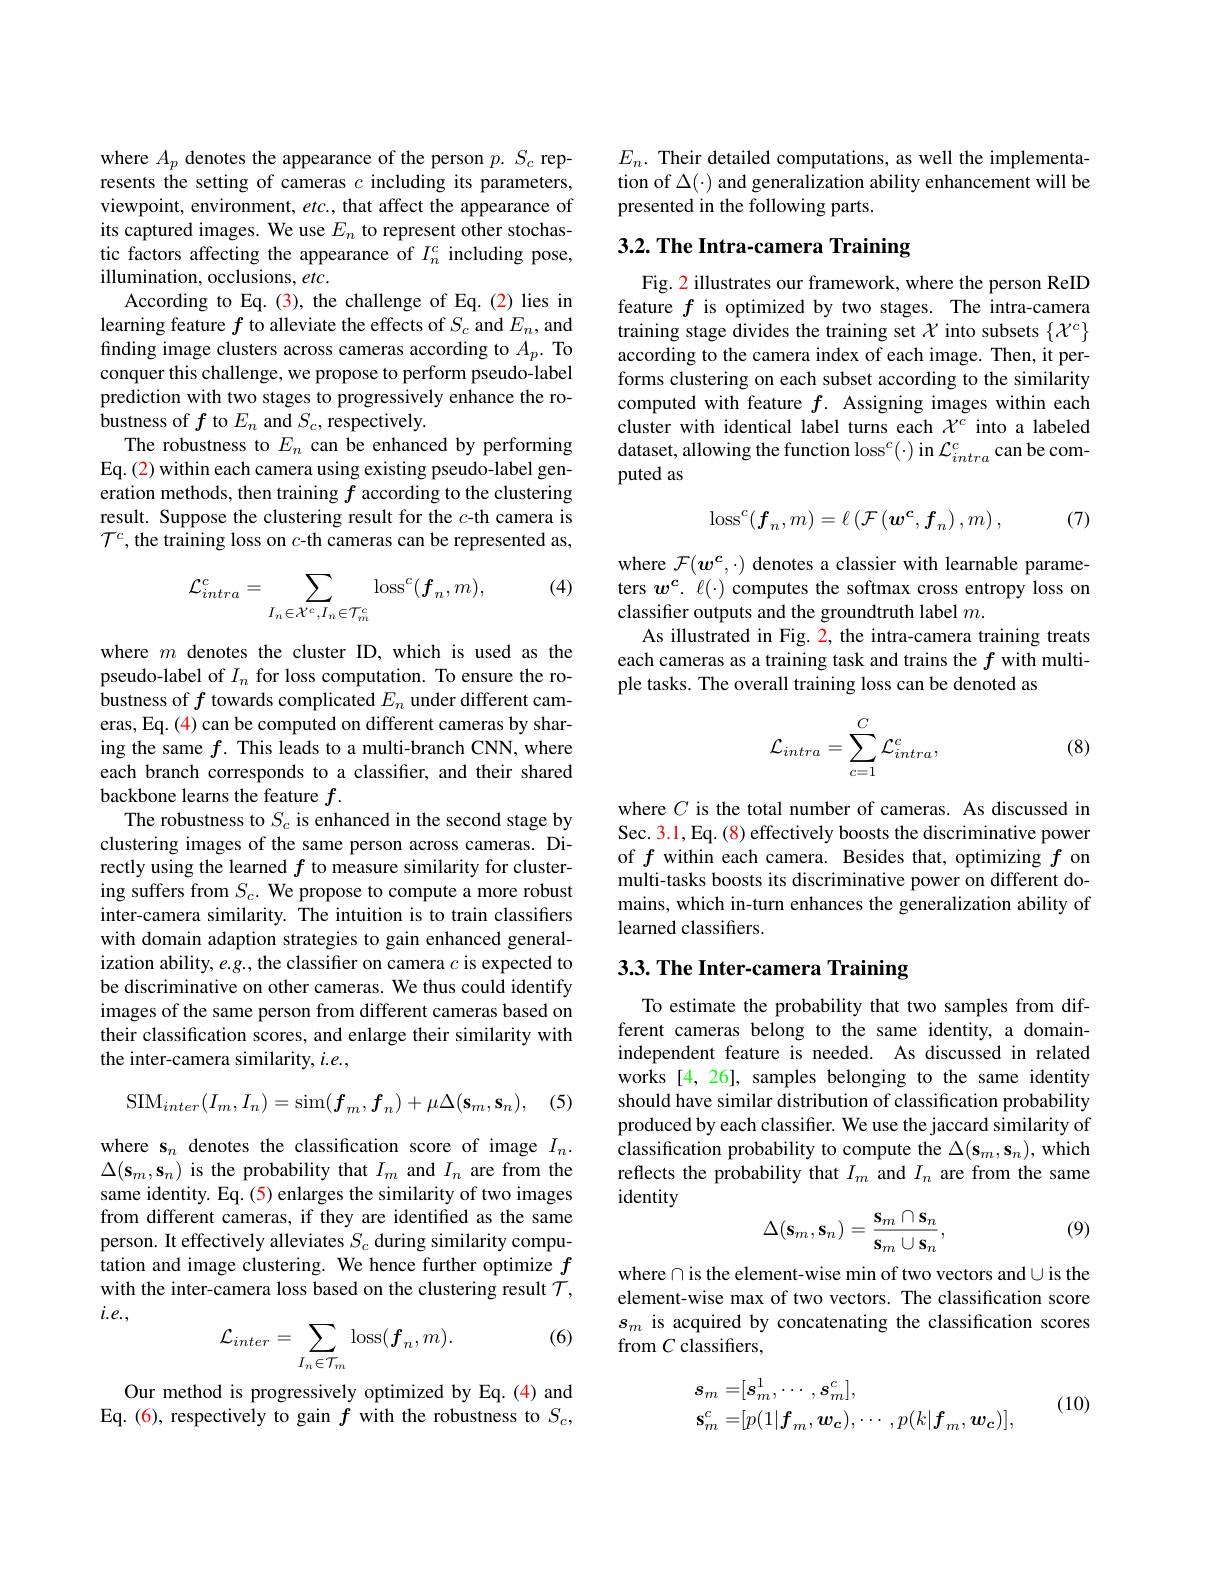
where $A_p$ denotes the appearance of the person $p.S_c$ represents the setting of cameras $c$ including its parameters, viewpoint, environment, etc., that affect the appearance of its captured images. We use $E_n$ to represent other stochastic factors affecting the appearance of $I_n^c$ including pose, illumination, occlusions, etc.
According to Eq. (3), the challenge of Eq. (2) lies in learning feature $f$ to alleviate the effects of $S_c$ and $E_n$,and finding image clusters across cameras according to $A_p.$ To conquer this challenge, we propose to perform pseudo-label prediction with two stages to progressively enhance the robustness of $f$ to $E_n$ and $S_c$,respectively.
The robustness to $E_n$ can be enhanced by performing Eq. (2) within each camera using existing pseudo-label generation methods, then training $f$ according to the clustering result. Suppose the clustering result for the $c$-th camera is $\mathcal{T}^c$, the training loss on $c$-th cameras can be represented as,

(4)
$$\mathcal{L}_{intra}^{c}=\sum_{I_{n}\in\mathcal{X}^{c},I_{n}\in\mathcal{T}_{m}^{c}}\operatorname{loss}^{c}(\boldsymbol{f}_{n},m),$$
where $m$ denotes the cluster ID, which is used as the pseudo-label of $I_n$ for loss computation. To ensure the robustness of $f$ towards complicated $E_n$ under different cameras, Eq. (4) can be computed on different cameras by sharing the same $f.$ This leads to a multi-branch CNN, where each branch corresponds to a classifier, and their shared backbone learns the feature $f.$
The robustness to $S_c$ is enhanced in the second stage by clustering images of the same person across cameras. Directly using the learned $f$ to measure similarity for clustering suffers from $S_c.$ We propose to compute a more robust inter-camera similarity. The intuition is to train classifiers with domain adaption strategies to gain enhanced generalization ability, e.g., the classifier on camera $c$ is expected to be discriminative on other cameras. We thus could identify images of the same person from different cameras based on their classification scores, and enlarge their similarity with the inter-camera similarity, $i.e.$,
$$\mathrm{SIM}_{inter}(I_{m},I_{n})=\mathrm{sim}(f_{m},f_{n})+\mu\Delta(\mathbf{s}_{m},\mathbf{s}_{n}),$$
(5)

where s$_n$ denotes the classification score of image $I_n.$ $\Delta(\mathbf{s}_{m},\mathbf{s}_{n})$ is the probability that $I_{m}$ and $I_{n}$ are from the same identity. Eq. (5) enlarges the similarity of two images from different cameras, if they are identified as the same person. It effectively alleviates $S_c$ during similarity computation and image clustering. We hence further optimize $f$ with the inter-camera loss based on the clustering result $\mathcal{T}$, $i.e.$,

(6)
$$\mathcal{L}_{inter}=\sum_{I_{n}\in\mathcal{T}_{m}}\operatorname{loss}(\boldsymbol{f}_{n},m).$$
Our method is progressively optimized by Eq.(4) and Eq. (6), respectively to gain $f$ with the robustness to $S_c$,

$E_n.$ Their detailed computations, as well the implementation of $\Delta(\cdot)$ and generalization ability enhancement will be presented in the following parts.

# 3.2. The Intra-camera Training

Fig. 2 illustrates our framework, where the person ReID feature $f$ is optimized by two stages. The intra-camera training stage divides the training set $\mathcal{X}$ into subsets $\{\mathcal{X}^c\}$ according to the camera index of each image. Then, it performs clustering on each subset according to the similarity computed with feature $f.$ Assigning images within each cluster with identical label turns each $X^c$ into a labeled dataset, allowing the function loss$^c(\cdot)$ in $\mathcal{L}_intra^c$ can be computed as

(7)
$$\operatorname{loss}^c(\boldsymbol{f}_n,m)=\ell\left(\mathcal{F}\left(\boldsymbol{w}^\boldsymbol{c},\boldsymbol{f}_n\right),m\right),$$
where $\mathcal{F}(\boldsymbol w^c,\cdot)$ denotes a classier with learnable parameters $w^c.$ $\ell(\cdot)$ computes the softmax cross entropy loss on classifer outputs and the groundtruth label $m.$
As illustrated in Fig. 2, the intra-camera training treats each cameras as a training task and trains the $f$ with multiple tasks. The overall training loss can be denoted as

(8)
$$\mathcal{L}_{intra}=\sum_{c=1}^C\mathcal{L}_{intra}^c,$$
where $C$ is the total number of cameras. As discussed in Sec. 3.1, Eq. (8) effectively boosts the discriminative power of $f$ within each camera. Besides that, optimizing $f$ on multi-tasks boosts its discriminative power on different domains, which in-turn enhances the generalization ability of learned classifiers.

## $3. 3. \textbf{ The Inter- camera Training}$

To estimate the probability that two samples from different cameras belong to the same identity, a domainindependent feature is needed. As discussed in related works [4,26], samples belonging to the same identity should have similar distribution of classification probability produced by each classifier. We use the jaccard similarity of classification probability to compute the $\Delta(\mathbf{s}_m,\mathbf{s}_n)$, which reflects the probability that $I_m$ and $I_n$ are from the same identity
$$\Delta(\mathbf{s}_m,\mathbf{s}_n)=\frac{\mathbf{s}_m\cap\mathbf{s}_n}{\mathbf{s}_m\cup\mathbf{s}_n},$$
(9)

where$\cap$is the element-wise min of two vectors and$\cup$is the element-wise max of two vectors. The classification score $s_m$ is acquired by concatenating the classification scores from $C$ classifiers,

(10)
$$\begin{aligned}&s_{m}=[s_{m}^{1},\cdots,s_{m}^{c}],\\&s_{m}^{c}=[p(1|\boldsymbol{f}_{m},\boldsymbol{w}_{\boldsymbol{c}}),\cdots,p(k|\boldsymbol{f}_{m},\boldsymbol{w}_{\boldsymbol{c}})],\end{aligned}$$